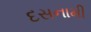
દસનામી